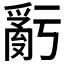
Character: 𤔧